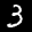
Label: 3